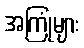
အကြုံများ